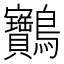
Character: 䴐